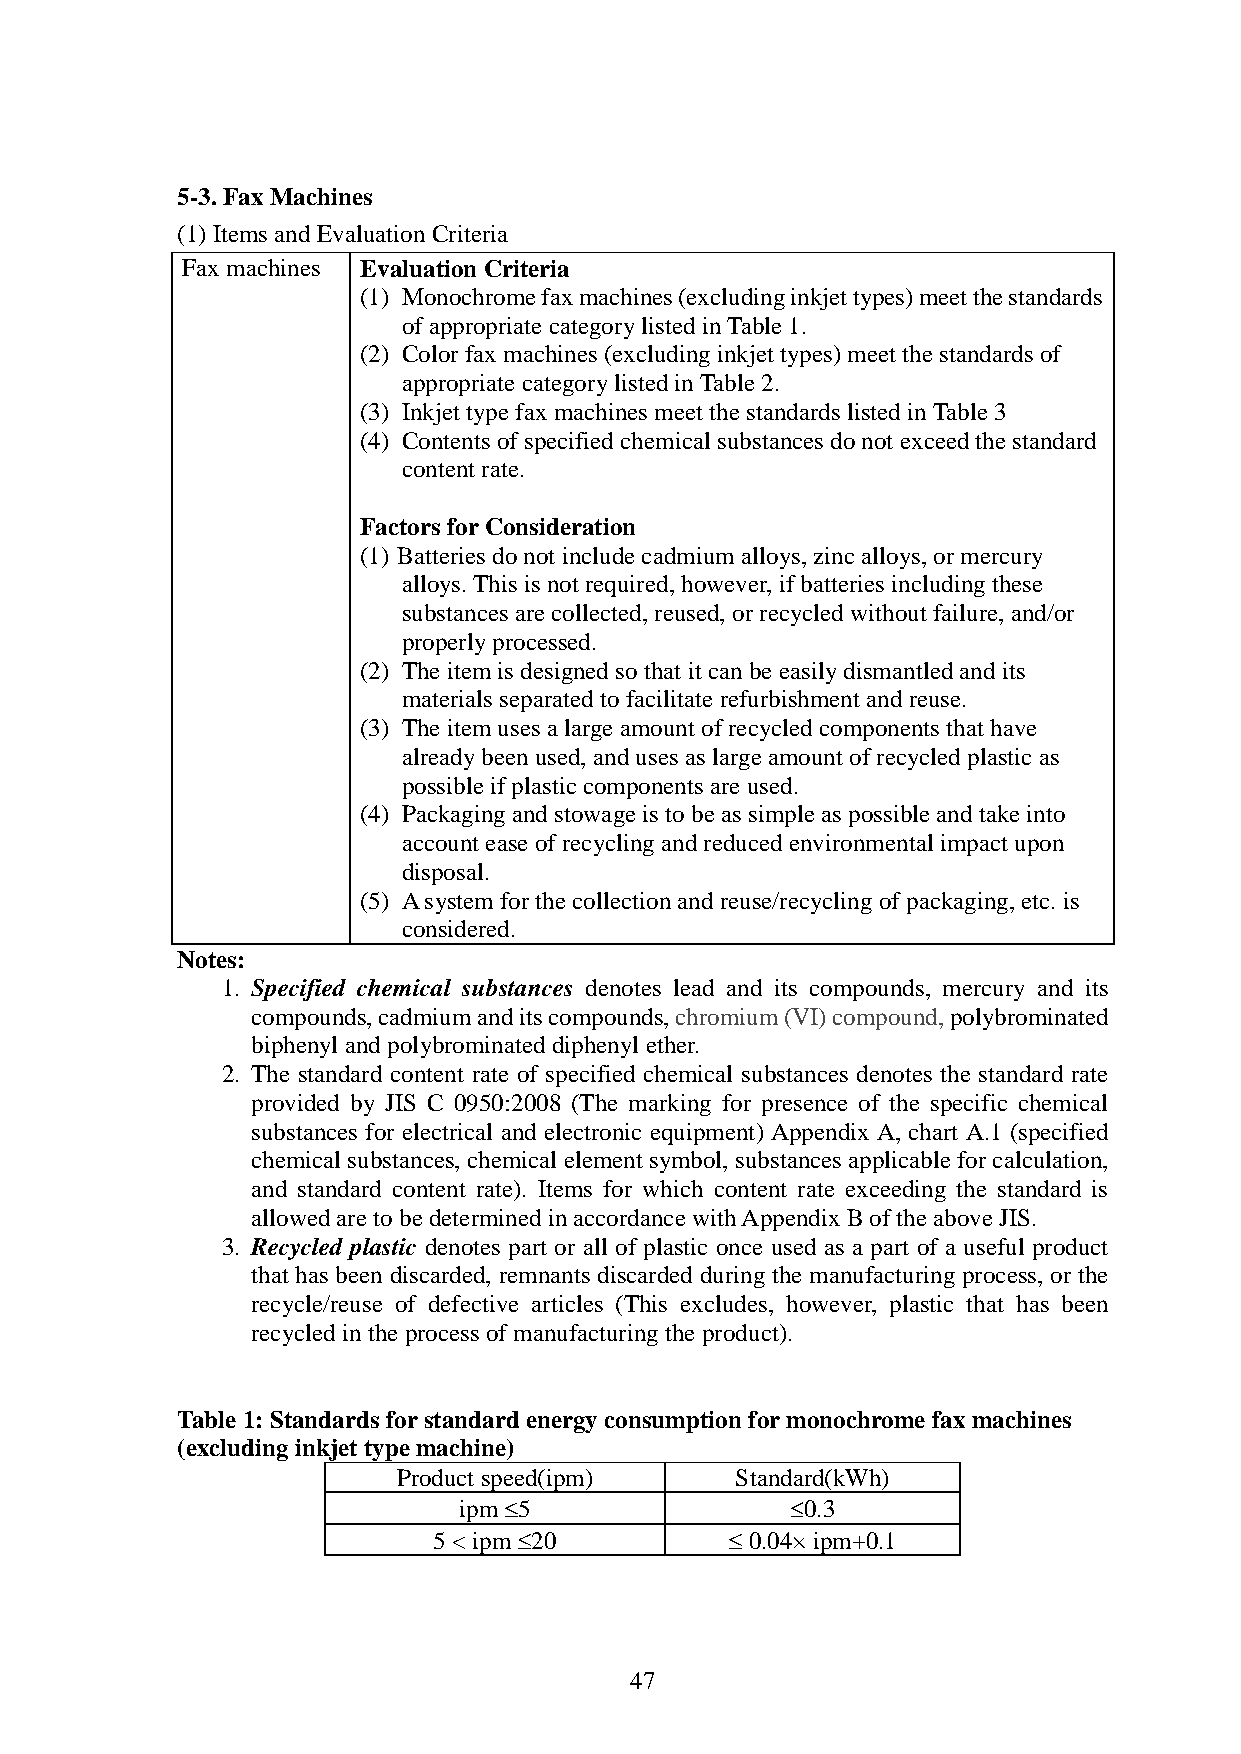
5-3. Fax Machines
 (1) Items and Evaluation Criteria
 Fax machines Evaluation Criteria
 (1) Monochrome fax machines (excluding inkjet types) meet the standards
 of appropriate category listed in Table 1.
 (2) Color fax machines (excluding inkjet types) meet the standards of
 appropriate category listed in Table 2.
 (3) Inkjet type fax machines meet the standards listed in Table 3
 (4) Contents of specified chemical substances do not exceed the standard
 content rate.
 Factors for Consideration
 (1) Batteries do not include cadmium alloys, zinc alloys, or mercury
 alloys. This is not required, however, if batteries including these
 substances are collected, reused, or recycled without failure, and/or
 properly processed.
 (2) The item is designed so that it can be easily dismantled and its
 materials separated to facilitate refurbishment and reuse.
 (3) The item uses a large amount of recycled components that have
 already been used, and uses as large amount of recycled plastic as
 possible if plastic components are used.
 (4) Packaging and stowage is to be as simple as possible and take into
 account ease of recycling and reduced environmental impact upon
 disposal.
 (5) A system for the collection and reuse/recycling of packaging, etc. is
 considered.
 Notes:
 1. Specified chemical substances denotes lead and its compounds, mercury and its
 compounds, cadmium and its compounds, chromium (VI) compound, polybrominated
 biphenyl and polybrominated diphenyl ether.
 2. The standard content rate of specified chemical substances denotes the standard rate
 provided by JIS C 0950:2008 (The marking for presence of the specific chemical
 substances for electrical and electronic equipment) Appendix A, chart A.1 (specified
 chemical substances, chemical element symbol, substances applicable for calculation,
 and standard content rate). Items for which content rate exceeding the standard is
 allowed are to be determined in accordance with Appendix B of the above JIS.
 3. Recycled plastic denotes part or all of plastic once used as a part of a useful product
 that has been discarded, remnants discarded during the manufacturing process, or the
 recycle/reuse of defective articles (This excludes, however, plastic that has been
 recycled in the process of manufacturing the product).
 Table 1: Standards for standard energy consumption for monochrome fax machines
 (excluding inkjet type machine)
 Product speed(ipm)     Standard(kWh)
 ipm 5                  0.3
 5 < ipm 20           0.04× ipm+0.1
 47